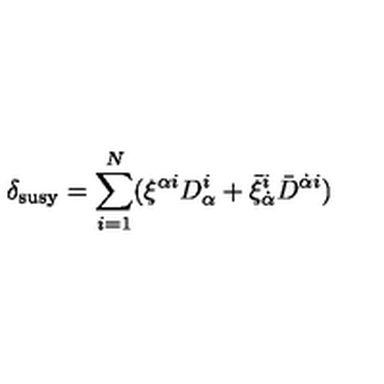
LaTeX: \delta _ { \mathrm { s u s y } } = \sum _ { i = 1 } ^ { N } ( \xi ^ { \alpha i } D _ { \alpha } ^ { i } + \bar { \xi } _ { \dot { \alpha } } ^ { i } \bar { D } ^ { { \dot { \alpha } } i } )